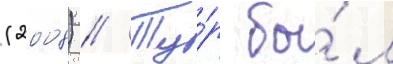
(2008) // Ту́р бы́л